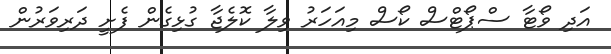
އަދި ވޯޓާ ސްޕޯޓްސް ކޯސް މިއަހަރު ވިލާ ކޮލެޖާ ގުޅިގެން ފެށީ ދަރިވަރުން